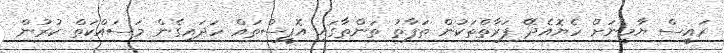
ރައީސް ޔާމީނަށް ހެޔޮއެދޭ ފަރާތްތަކުން ތަފާތު ތަންތާގައި އޮފީސްތައް ހަދައިގެން މަސައްކަތް ކުރުން